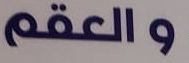
والعقم